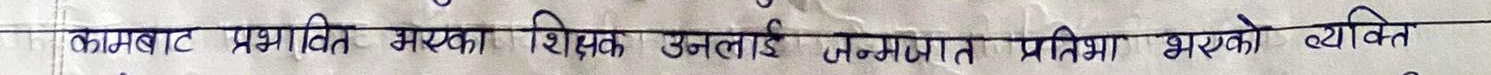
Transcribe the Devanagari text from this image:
कामबाट प्रभावित भएका शिक्षक उनलाई जन्मजात प्रतिभा भएको व्यक्ति